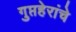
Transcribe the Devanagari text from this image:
गुप्तहेरांचे